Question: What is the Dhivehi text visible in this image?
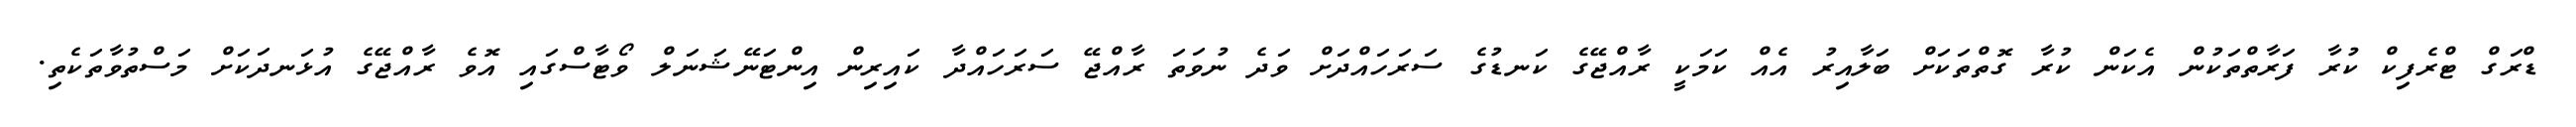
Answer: ޑްރަގް ޓްރެފިކް ކުރާ ފަރާތްތަކުން އެކަން ކުރާ ގޮތްތަކަށް ބަލާއިރު އެއް ކަމަކީ ރާއްޖޭގެ ކަނޑުގެ ސަރަހައްދަށް ވަދެ ނުވަތަ ރާއްޖޭ ސަރަހައްދާ ކައިރިން އިންޓަނޭޝަނަލް ވޯޓާސްގައި އޮވެ ރާއްޖޭގެ އުޅަނދަކަށް މަސްތުވާތަކެތި.